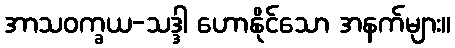
အာသဝက္ခယ-သဒ္ဒါ ဟောနိုင်သော အနက်များ။